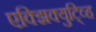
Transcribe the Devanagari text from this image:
एक्झिक्युटि्व्ह